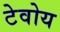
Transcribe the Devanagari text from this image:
टेवोय